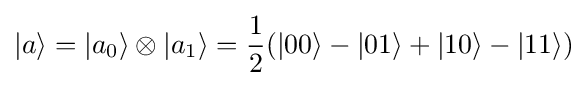
|a\rangle =|a_{0}\rangle \otimes |a_{1}\rangle ={\frac {1}{2}}(|00\rangle -|01\rangle +|10\rangle -|11\rangle )